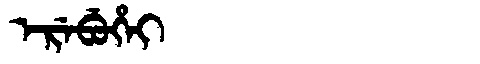
Manchu: ᡝᡵᡝᠪᡠᡥᡝᡳ
Romanization: EREBUHEI